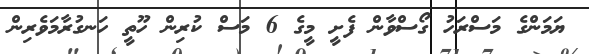
ޔަމަންގެ މަސްރަހު ގޯސްވާން ފެށީ މީގެ 6 މަސް ކުރިން ހޫތީ ހަނގުރާމަވެރިން